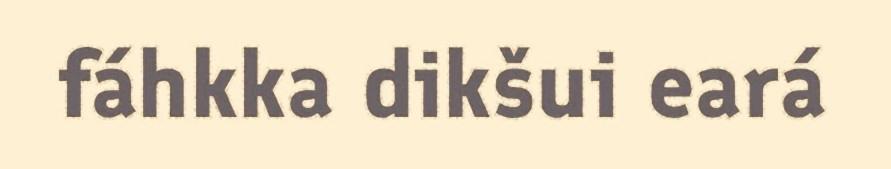
fáhkka dikšui eará